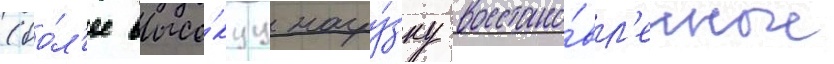
(бо́л'ее высо́куу нагру́зку восстано́вл'енные